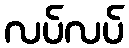
လပ်လပ်